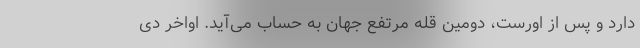
دارد و پس از اورست، دومین قله مرتفع جهان به حساب می‌آید. اواخر دی